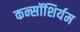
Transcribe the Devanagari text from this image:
कन्सॉशिर्यम